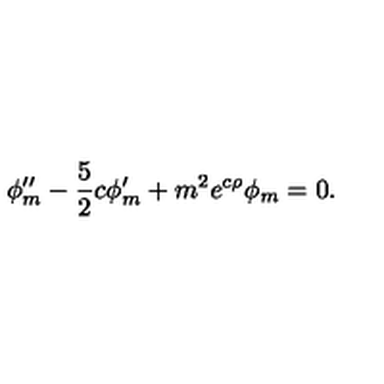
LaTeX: \phi _ { m } ^ { \prime \prime } - \frac { 5 } { 2 } c \phi _ { m } ^ { \prime } + m ^ { 2 } e ^ { c \rho } \phi _ { m } = 0 .